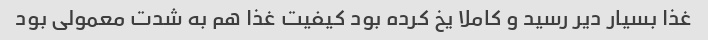
غذا بسیار دیر رسید و کاملا یخ کرده بود کیفیت غذا هم به شدت معمولی بود